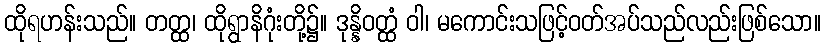
ထိုရဟန်းသည်။ တတ္ထ၊ ထိုရွာနိဂုံးတို့၌။ ဒုန္နိဝတ္ထံ ဝါ၊ မကောင်းသဖြင့်ဝတ်အပ်သည်လည်းဖြစ်သော။